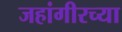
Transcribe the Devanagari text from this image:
जहांगीरच्या